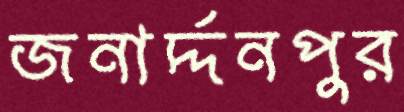
জনার্দ্দনপুর